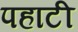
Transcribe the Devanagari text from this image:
पहाटी